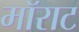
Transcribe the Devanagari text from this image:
मॉराट